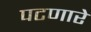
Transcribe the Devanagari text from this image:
पटणारे